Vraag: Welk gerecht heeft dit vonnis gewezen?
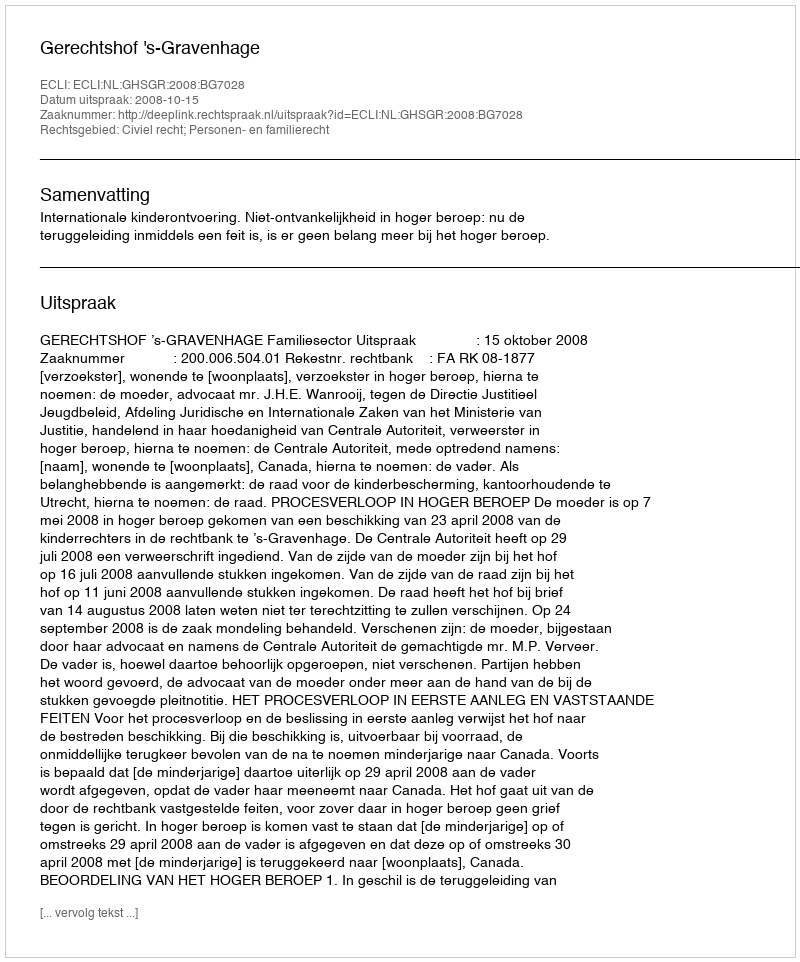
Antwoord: Gerechtshof 's-Gravenhage